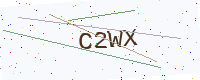
Text: C2WX